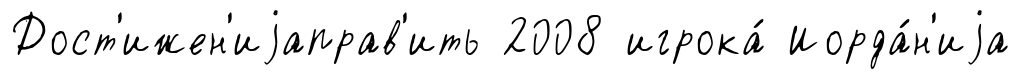
Дост'ижен'иjаправ'ить 2008 игрока́ Иорда́н'иjа